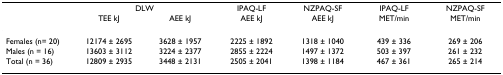
<table><thead><tr><td></td><td colspan="2"><b>DLW</b></td><td><b>IPAQ-LF</b></td><td><b>NZPAQ-SF</b></td><td><b>IPAQ-LF</b></td><td><b>NZPAQ-SF</b></td></tr><tr><td></td><td><b>TEE kJ</b></td><td><b>AEE kJ</b></td><td><b>AEE kJ</b></td><td><b>AEE kJ</b></td><td><b>MET/min</b></td><td><b>MET/min</b></td></tr></thead><tbody><tr><td>Females (n= 20)</td><td>12174 ± 2695</td><td>3628 ± 1957</td><td>2225 ± 1892</td><td>1318 ± 1040</td><td>439 ± 336</td><td>269 ± 206</td></tr><tr><td>Males (n = 16)</td><td>13603 ± 3112</td><td>3224 ± 2377</td><td>2855 ± 2224</td><td>1497 ± 1372</td><td>503 ± 397</td><td>261 ± 232</td></tr><tr><td>Total (n = 36)</td><td>12809 ± 2935</td><td>3448 ± 2131</td><td>2505 ± 2041</td><td>1398 ± 1184</td><td>467 ± 361</td><td>265 ± 214</td></tr></tbody></table>